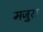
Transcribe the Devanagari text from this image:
मजुरा